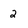
Character: 2